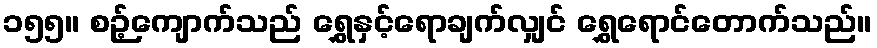
၁၅၅။ စဉ့်ကျောက်သည် ရွှေနှင့်ရောချက်လျှင် ရွှေရောင်တောက်သည်။